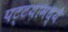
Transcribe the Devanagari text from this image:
पट्टय़ामध्ये